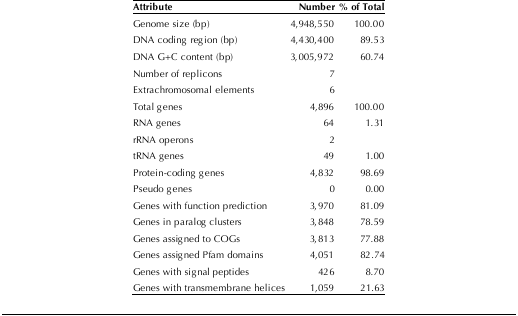
<table><thead><tr><td><b>Attribute</b></td><td><b>Number</b></td><td><b>% of Total</b></td></tr></thead><tbody><tr><td>Genome size (bp)</td><td>4,948,550</td><td>100.00</td></tr><tr><td>DNA coding region (bp)</td><td>4,430,400</td><td>89.53</td></tr><tr><td>DNA G+C content (bp)</td><td>3,005,972</td><td>60.74</td></tr><tr><td>Number of replicons</td><td>7</td><td></td></tr><tr><td>Extrachromosomal elements</td><td>6</td><td></td></tr><tr><td>Total genes</td><td>4,896</td><td>100.00</td></tr><tr><td>RNA genes</td><td>64</td><td>1.31</td></tr><tr><td>rRNA operons</td><td>2</td><td></td></tr><tr><td>tRNA genes</td><td>49</td><td>1.00</td></tr><tr><td>Protein-coding genes</td><td>4,832</td><td>98.69</td></tr><tr><td>Pseudo genes</td><td>0</td><td>0.00</td></tr><tr><td>Genes with function prediction</td><td>3,970</td><td>81.09</td></tr><tr><td>Genes in paralog clusters</td><td>3,848</td><td>78.59</td></tr><tr><td>Genes assigned to COGs</td><td>3,813</td><td>77.88</td></tr><tr><td>Genes assigned Pfam domains</td><td>4,051</td><td>82.74</td></tr><tr><td>Genes with signal peptides</td><td>426</td><td>8.70</td></tr><tr><td>Genes with transmembrane helices</td><td>1,059</td><td>21.63</td></tr></tbody></table>